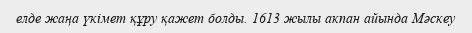
елде жаңа үкімет құру қажет болды. 1613 жылы акпан айында Мәскеу